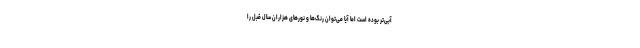
آبی‌تر بوده است اما آیا می‌توان رنگ‌ها و نورهای هزاران سال قبل را